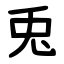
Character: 兎